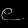
Digit: ၉